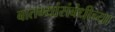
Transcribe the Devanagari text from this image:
बातम्यांसंबंधीच्या